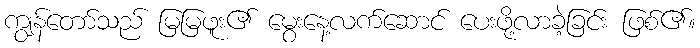
ကျွန်တော်သည် မြမြဖူး၏ မွေးနေ့လက်ဆောင် ပေးဖို့လာခဲ့ခြင်း ဖြစ်၏။